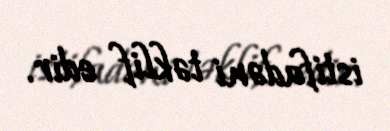
istifadəni təklif edir.